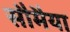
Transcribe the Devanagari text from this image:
सौमैया